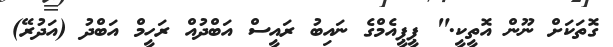
ގޮތަކަށް ނޫން އޮތީކީ." ޕީޕީއެމްގެ ނައިބު ރައީސް އަބްދުއް ރަހީމް އަބްދު (އަދުރޭ)